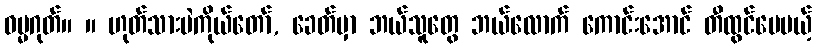
ဓမ္မဂုတ်။ ။ ဟုတ်သားပဲကိုယ်တော်, ခေတ်မှာ ဘယ်သူတွေ ဘယ်လောက် ကောင်းအောင် တီထွင်ပေမယ့်